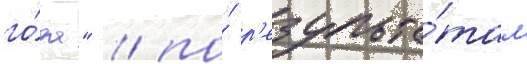
го́да" / по́ р'езульта́там